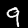
Label: 9